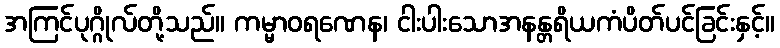
အကြင်ပုဂ္ဂိုလ်တို့သည်။ ကမ္မာဝရဏေန၊ ငါးပါးသောအနန္တရိယကံပိတ်ပင်ခြင်းနှင့်။